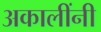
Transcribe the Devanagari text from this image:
अकालींनी